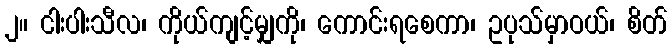
၂။ ငါးပါးသီလ၊ ကိုယ်ကျင့်မျှကို၊ ကောင်းရစေကာ၊ ဥပုသ်မှာဝယ်၊ စိတ်